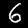
Label: 6